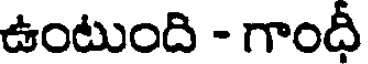
ఉంటుంది - గాందీ